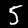
Label: 5